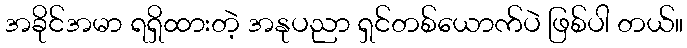
အခိုင်အမာ ရရှိထားတဲ့ အနုပညာ ရှင်တစ်ယောက်ပဲ ဖြစ်ပါ တယ်။